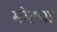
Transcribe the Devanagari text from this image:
मोहचा